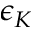
\epsilon _ { K }